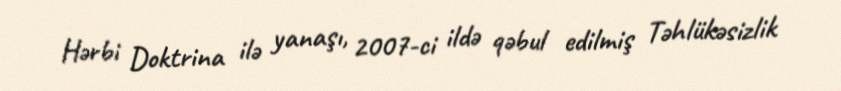
Hərbi Doktrina ilə yanaşı, 2007-ci ildə qəbul edilmiş Təhlükəsizlik